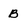
Character: B